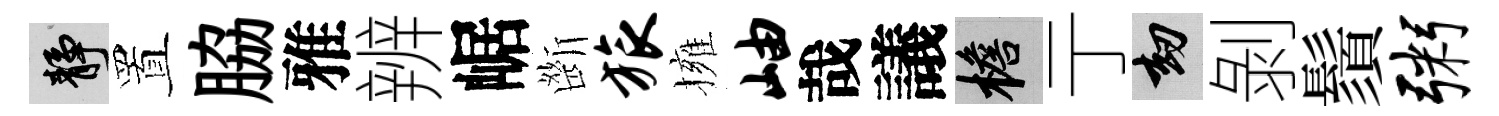
靜置脇雅辨崌㫁旅擁岫哉議檐亍劫剝鬚粥